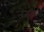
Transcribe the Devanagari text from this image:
जन्मसाखी